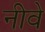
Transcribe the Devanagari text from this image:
नीवे